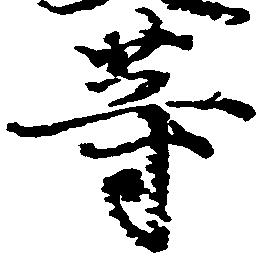
等